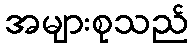
အများစုသည်